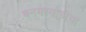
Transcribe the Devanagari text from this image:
बनगरवाडीचा